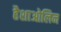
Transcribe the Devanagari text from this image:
हैशाओलिन